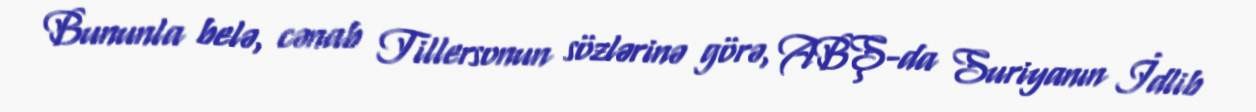
Bununla belə, cənab Tillersonun sözlərinə görə, ABŞ-da Suriyanın İdlib